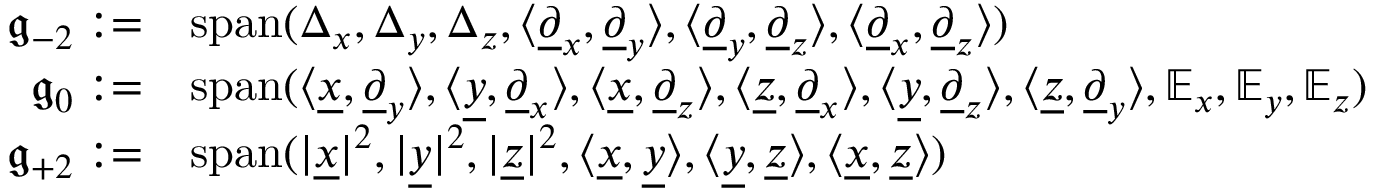
\begin{array} { r l } { \mathfrak { g } _ { - 2 } : = } & { \operatorname { s p a n } ( \Delta _ { x } , \Delta _ { y } , \Delta _ { z } , \langle \underline { { \partial } } _ { x } , \underline { { \partial } } _ { y } \rangle , \langle \underline { { \partial } } _ { y } , \underline { { \partial } } _ { z } \rangle , \langle \underline { { \partial } } _ { x } , \underline { { \partial } } _ { z } \rangle ) } \\ { \mathfrak { g } _ { 0 } : = } & { \operatorname { s p a n } ( \langle \underline { { x } } , \underline { { \partial } } _ { y } \rangle , \langle \underline { { y } } , \underline { { \partial } } _ { x } \rangle , \langle \underline { { x } } , \underline { { \partial } } _ { z } \rangle , \langle \underline { { z } } , \underline { { \partial } } _ { x } \rangle , \langle \underline { { y } } , \underline { { \partial } } _ { z } \rangle , \langle \underline { { z } } , \underline { { \partial } } _ { y } \rangle , \mathbb { E } _ { x } , \mathbb { E } _ { y } , \mathbb { E } _ { z } ) } \\ { \mathfrak { g } _ { + 2 } : = } & { \operatorname { s p a n } ( | \underline { { x } } | ^ { 2 } , | \underline { { y } } | ^ { 2 } , | \underline { { z } } | ^ { 2 } , \langle \underline { { x } } , \underline { { y } } \rangle , \langle \underline { { y } } , \underline { { z } } \rangle , \langle \underline { { x } } , \underline { { z } } \rangle ) } \end{array}